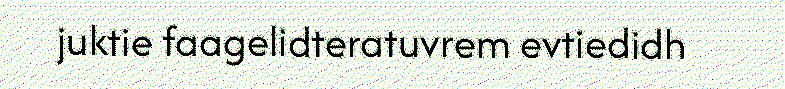
juktie faagelidteratuvrem evtiedidh